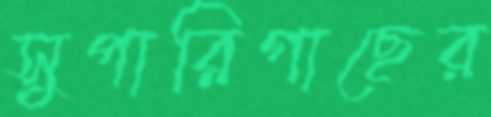
সুপারিগাছের